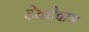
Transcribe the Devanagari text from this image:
देवदेवात्र